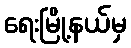
ရေးမြို့နယ်မှ